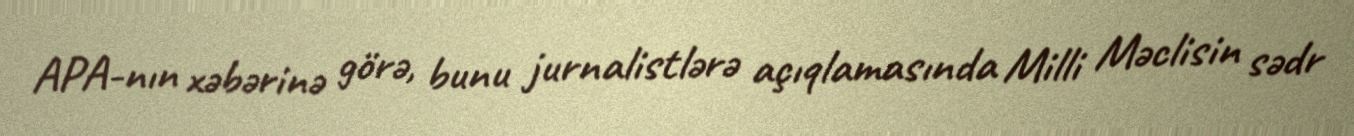
APA-nın xəbərinə görə, bunu jurnalistlərə açıqlamasında Milli Məclisin sədr